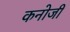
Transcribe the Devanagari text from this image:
कनोजी